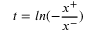
t = l n ( - \frac { x ^ { + } } { x ^ { - } } )